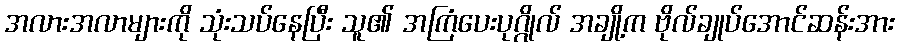
အလားအလာများကို သုံးသပ်နေပြီး သူ၏ အကြံပေးပုဂ္ဂိုလ် အချို့က ဗိုလ်ချုပ်အောင်ဆန်းအား